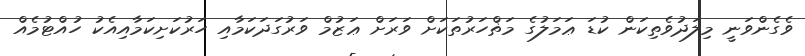
ވެގެންވަނީ މިލަދުވެތިކަން ކުޑަ ޢަމަލުގެ މަޡްހަރުތަކަށް ވަރަށް ޢަޒުމް ވަރުގަދަކަމާއި ހަރުކަށިކަމާއިއެކު ހުއްޓުމެއް